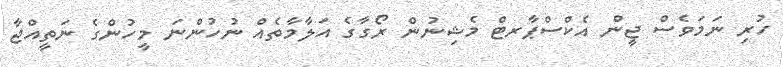
ހުރި ނަމަވެސް ޖީން އެކްސްޕާރޓް މެޝިނުން ރޯގާގެ އަލާމާތެއް ނުހުންނަ މީހުންގެ ނަތީއްޖާ